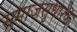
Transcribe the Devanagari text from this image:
समाजसुधारकें